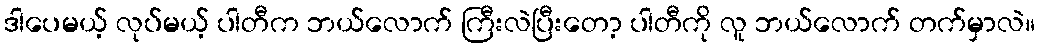
ဒါပေမယ့် လုပ်မယ့် ပါတီက ဘယ်လောက် ကြီးလဲပြီးတော့ ပါတီကို လူ ဘယ်လောက် တက်မှာလဲ။